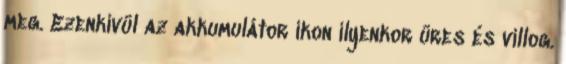
meg. Ezenkívül az akkumulátor ikon ilyenkor üres és villog.